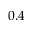
0 . 4